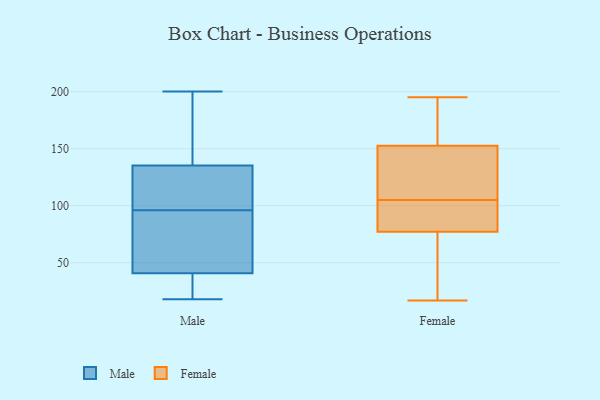
{"axis": {"x": "Customer Acquisition Cost (USD)", "y": "Value"}, "legend": ["Female", "Male"], "data": [{"x": "", "y": 18, "type": "Male"}, {"x": "", "y": 134, "type": "Male"}, {"x": "", "y": 117, "type": "Male"}, {"x": "", "y": 182, "type": "Male"}, {"x": "", "y": 43, "type": "Male"}, {"x": "", "y": 33, "type": "Male"}, {"x": "", "y": 200, "type": "Male"}, {"x": "", "y": 101, "type": "Male"}, {"x": "", "y": 34, "type": "Male"}, {"x": "", "y": 86, "type": "Male"}, {"x": "", "y": 96, "type": "Male"}, {"x": "", "y": 139, "type": "Male"}, {"x": "", "y": 93, "type": "Male"}, {"x": "", "y": 82, "type": "Female"}, {"x": "", "y": 97, "type": "Female"}, {"x": "", "y": 76, "type": "Female"}, {"x": "", "y": 109, "type": "Female"}, {"x": "", "y": 125, "type": "Female"}, {"x": "", "y": 39, "type": "Female"}, {"x": "", "y": 63, "type": "Female"}, {"x": "", "y": 188, "type": "Female"}, {"x": "", "y": 76, "type": "Female"}, {"x": "", "y": 112, "type": "Female"}, {"x": "", "y": 195, "type": "Female"}, {"x": "", "y": 168, "type": "Female"}, {"x": "", "y": 85, "type": "Female"}, {"x": "", "y": 81, "type": "Female"}, {"x": "", "y": 105, "type": "Female"}, {"x": "", "y": 157, "type": "Female"}, {"x": "", "y": 17, "type": "Female"}, {"x": "", "y": 139, "type": "Female"}, {"x": "", "y": 186, "type": "Female"}]}